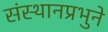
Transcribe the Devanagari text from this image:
संस्थानप्रभुने